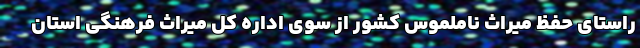
راستای حفظ میراث ناملموس کشور از سوی اداره کل میراث فرهنگی استان